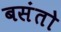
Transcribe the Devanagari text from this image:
बसंतो